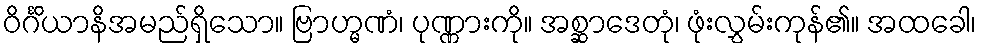
ဝိင်္ဂိယာနိအမည်ရှိသော။ ဗြာဟ္မဏံ၊ ပုဏ္ဏားကို။ အစ္ဆာဒေတုံ၊ ဖုံးလွှမ်းကုန်၏။ အထခေါ၊